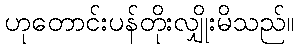
ဟုတောင်းပန်တိုးလျှိုးမိသည်။